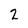
Character: 2